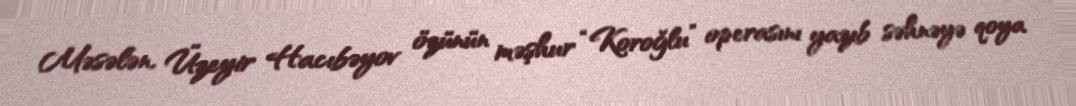
Məsələn, Üzeyir Hacıbəyov özünün məşhur “Koroğlu” operasını yazıb səhnəyə qoya